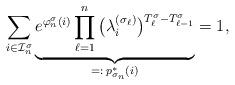
LaTeX: \begin{align*}\sum_{i\in\mathcal{I}_{n}^{\sigma}} \underbrace{ e^{\varphi_{n}^{\sigma}(i)} \prod_{\ell=1}^n \big( \lambda_i^{(\sigma_{\ell})} \big)^{T_{\ell}^{\sigma}-T_{\ell-1}^\sigma} }_{=:\, p_{\sigma_n}^{\ast}(i)} =1,\end{align*}